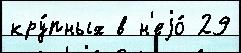
кру́пных в н'еjо́ 29